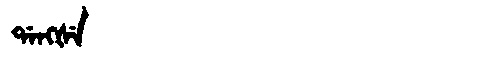
Manchu: ᡩᠠᠩᡧᡝ
Romanization: DANGŠE